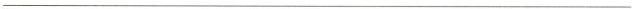
___